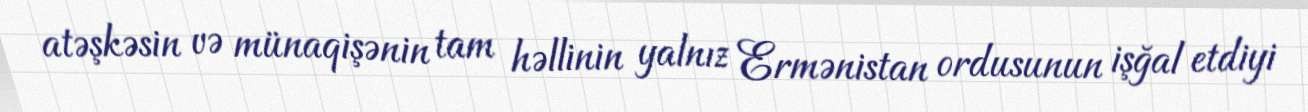
atəşkəsin və münaqişənin tam həllinin yalnız Ermənistan ordusunun işğal etdiyi